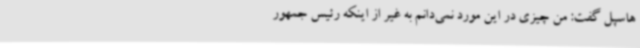
هاسپل گفت: من چیزی در این مورد نمی‌دانم به غیر از اینکه رئیس جمهور